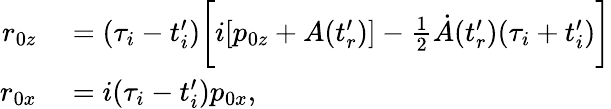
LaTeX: \begin{array}{rl}{r_{0z}}&{{}=(\tau_{i}-t_{i}^{\prime})\biggl[i[p_{0z}+A(t_{r}^{\prime})]-\frac{1}{2}\dot{A}(t_{r}^{\prime})(\tau_{i}+t_{i}^{\prime})\biggr]}\\ {r_{0x}}&{{}=i(\tau_{i}-t_{i}^{\prime})p_{0x},}\end{array}